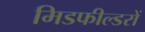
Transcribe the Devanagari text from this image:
मिडफील्डरों